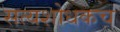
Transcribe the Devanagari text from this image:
सत्यशोधकच